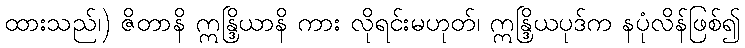
ထားသည်၊) ဇိတာနိ ဣန္ဒြိယာနိ ကား လိုရင်းမဟုတ်၊ ဣန္ဒြိယပုဒ်က နပုံလိန်ဖြစ်၍